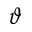
\vartheta